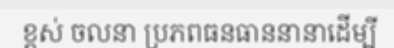
ខ្ពស់ ចលនា ប្រភពធនធាននានាដើម្បី